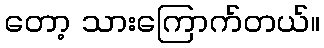
တော့ သားကြောက်တယ်။